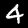
Label: 4